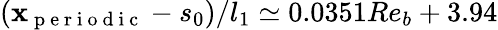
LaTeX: (\mathbf{x}_{\mathrm{{~p~e~r~i~o~d~i~c~}}}-s_{0})/l_{1}\simeq0.0351Re_{b}+3.94